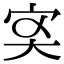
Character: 𡧑